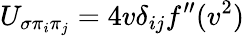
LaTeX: U_{\sigma\pi_{i}\pi_{j}}=4v\delta_{ij}f^{\prime\prime}(v^{2})